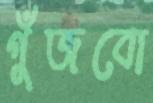
গুঁজবো